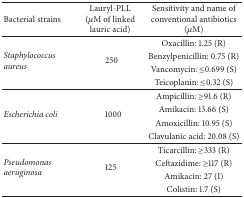
| Bacterial strains | Lauryl-PLL(μM of linked lauric acid) | Sensitivity and name of conventional antibiotics (μM) |
 | --- | --- | --- |
 | <ROWSPAN=4> Staphylococcus aureus | <ROWSPAN=4> 250 | Oxacillin: 1.25 (R) |
 | Benzylpenicillin: 0.75 (R) |
 | Vancomycin: ≤0.699 (S) |
 | Teicoplanin: ≤0.32 (S) |
 | <ROWSPAN=4> Escherichia coli | <ROWSPAN=4> 1000 | Ampicillin: ≥91.6 (R) |
 | Amikacin: 13.66 (S) |
 | Amoxicillin: 10.95 (S) |
 | Clavulanic acid: 20.08 (S) |
 | <ROWSPAN=4> Pseudomonas aeruginosa | <ROWSPAN=4> 125 | Ticarcillin: ≥333 (R) |
 | Ceftazidime: ≥117 (R) |
 | Amikacin: 27 (I) |
 | Colistin: 1.7 (S) |